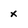
Character: x